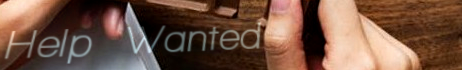
Help Wanted